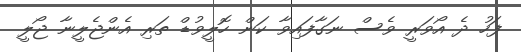
ފަހު ދެ އޯވަރީ ވެސް ނަގާފައިވާ ކަން ހޮލީވުޑް ތަރި އެންޖެލީނާ ޖޯލީ